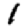
Digit: 1